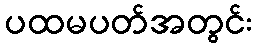
ပထမပတ်အတွင်း